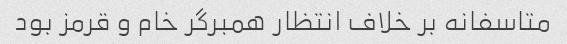
متاسفانه بر خلاف انتظار همبرگر خام و قرمز بود